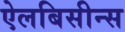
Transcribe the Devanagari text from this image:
ऐलबिसीन्स